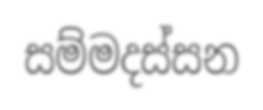
සම්මදස්සන